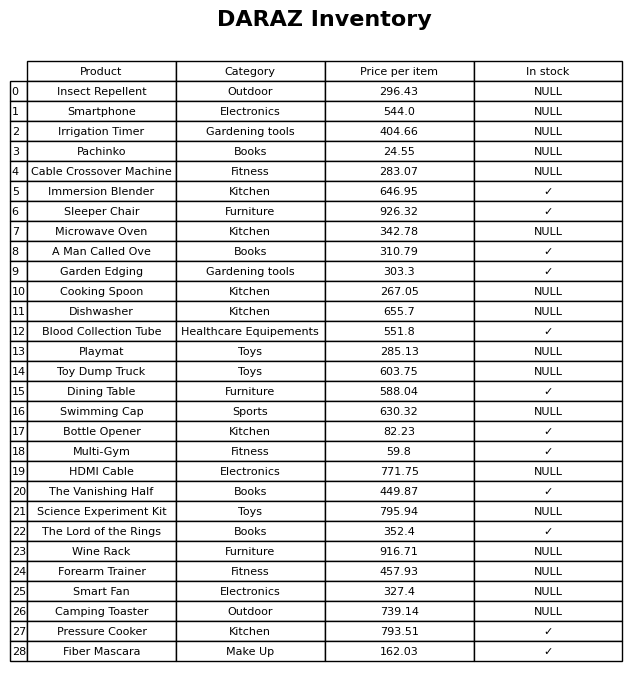
question: What is the price of the Playmat?
answer: The price of Playmat is 285.13.